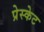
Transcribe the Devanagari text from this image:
प्रेस्केट